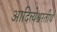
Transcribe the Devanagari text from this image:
आदित्येश्वरतीर्थ